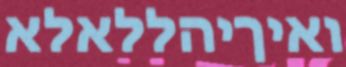
ואיךיהללאלא